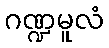
ဂဏ္ဍမူလံ